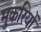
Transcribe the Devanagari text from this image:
मुकरियों